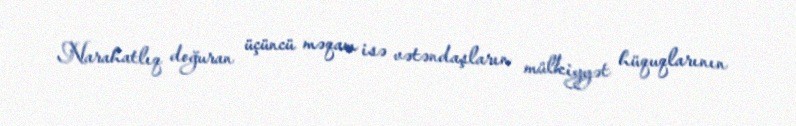
Narahatlıq doğuran üçüncü məqam isə vətəndaşların mülkiyyət hüquqlarının